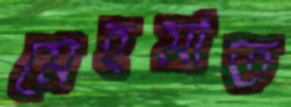
মেহমাত